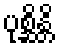
ပုစ္ဆိန္တိ